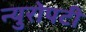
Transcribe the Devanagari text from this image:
न्युरोपटी